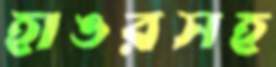
হাঙরসহ